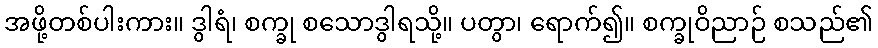
အဖို့တစ်ပါးကား။ ဒွါရံ၊ စက္ခု စသောဒွါရသို့။ ပတွာ၊ ရောက်၍။ စက္ခုဝိညာဉ် စသည်၏